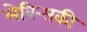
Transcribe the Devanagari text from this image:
लेविन्सकी